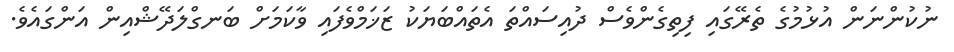
ނުކުންނަން އުޅުމުގެ ތެރޭގައި ފިތިގެންވެސް ދުއިސައްތަ އެތައްބަޔަކު ޒަޚަމްވެފައި ވާކަމަށް ބަނގްލަދޭޝްއިން އަންގައެވެ.